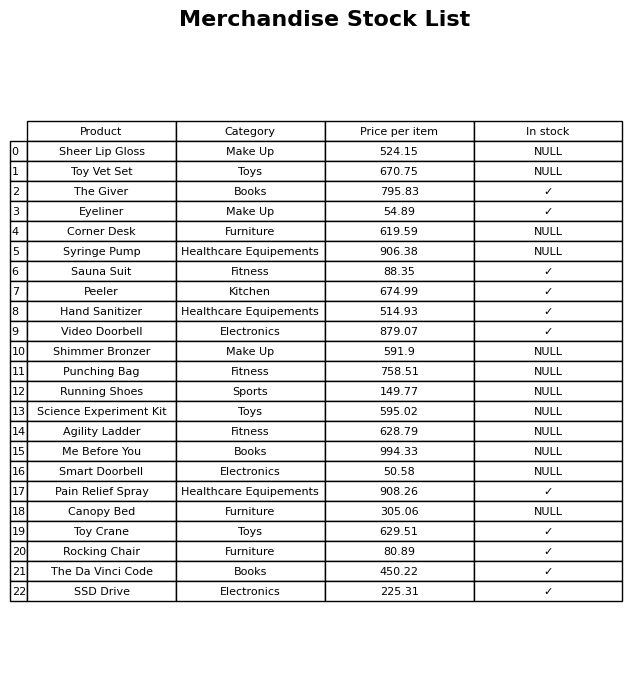
question: What is the price of the The Giver?
answer: The price of The Giver is 795.83.